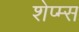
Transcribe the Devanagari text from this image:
शेप्म्स